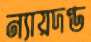
ন্যায়দণ্ড